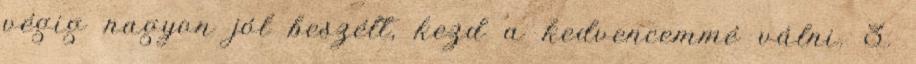
végig nagyon jól beszélt, kezd a kedvencemmé válni. 3.